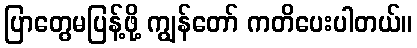
ပြာတွေမပြန့်ဖို့ ကျွန်တော် ကတိပေးပါတယ်။